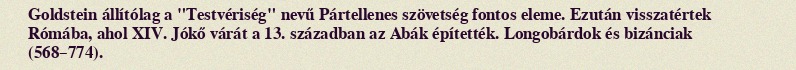
Goldstein állítólag a "Testvériség" nevű Pártellenes szövetség fontos eleme. Ezután visszatértek Rómába, ahol XIV. Jókő várát a 13. században az Abák építették. Longobárdok és bizánciak (568–774).